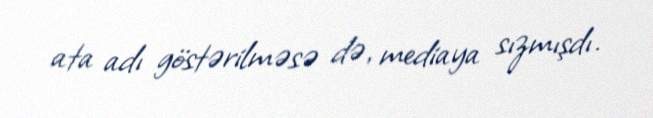
ata adı göstərilməsə də, mediaya sızmışdı.